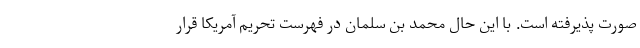
صورت پذیرفته است. با این حال محمد بن سلمان در فهرست تحریم آمریکا قرار